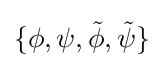
\{\phi ,\psi ,{\tilde {\phi }},{\tilde {\psi }}\}